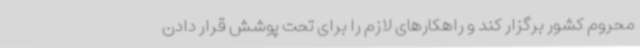
محروم کشور برگزار کند و راهکارهای لازم را برای تحت پوشش قرار دادن